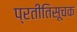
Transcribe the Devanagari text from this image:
प्रतीतिसूचक